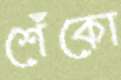
শেঁকো